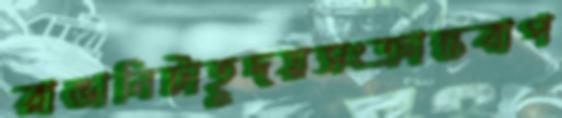
রাঙানিটাহূদয়সংক্রান্তবাপ